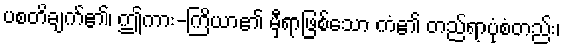
ပစတိချက်၏၊ ဤကား-ကြိယာ၏ မှီရာဖြစ်သော ကံ၏ တည်ရာပုံစံတည်း၊